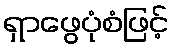
ရှာဖွေပုံစံဖြင့်